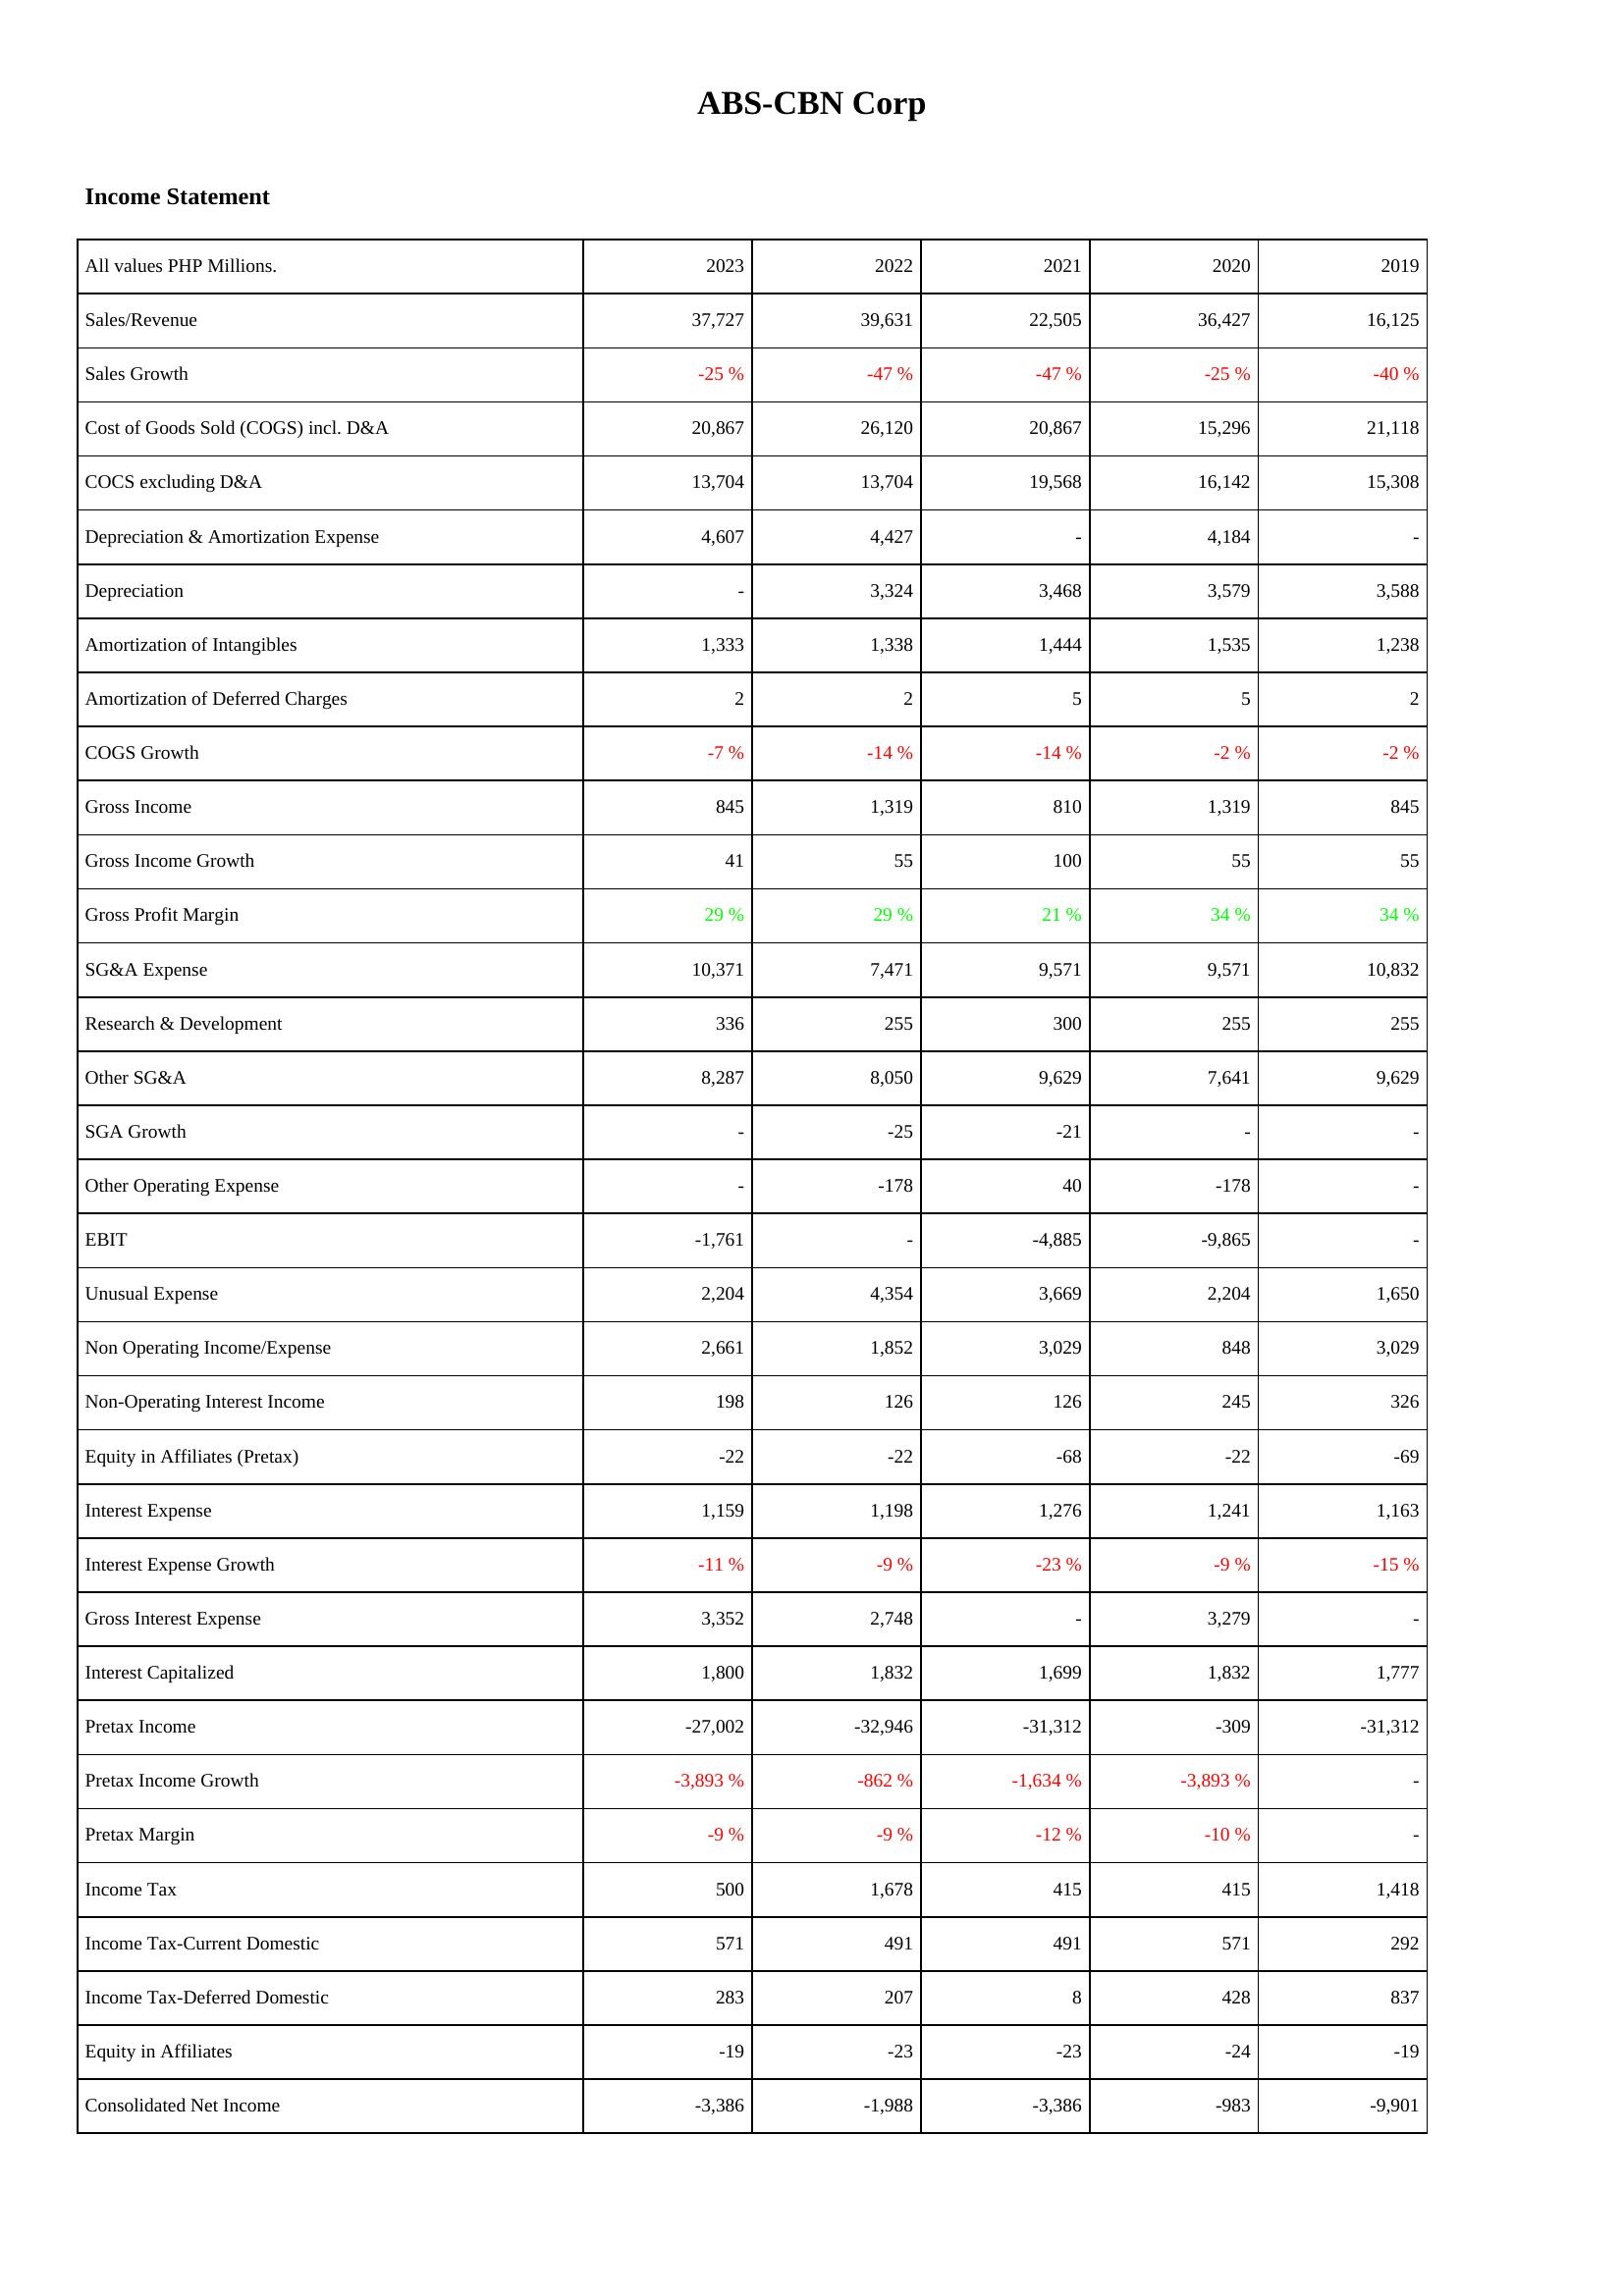
2023: Income Statement: Sales/Revenue: 37,727
Sales Growth: -25 %
Cost of Goods Sold (COGS) incl. D&A: 20,867
COCS excluding D&A: 13,704
Depreciation & Amortization Expense: 4,607
Depreciation: -
Amortization of Intangibles: 1,333
Amortization of Deferred Charges: 2
COGS Growth: -7 %
Gross Income: 845
Gross Income Growth: 41
Gross Profit Margin: 29 %
SG&A Expense: 10,371
Research & Development: 336
Other SG&A: 8,287
SGA Growth: -
Other Operating Expense: -
EBIT: -1,761
Unusual Expense: 2,204
Non Operating Income/Expense: 2,661
Non-Operating Interest Income: 198
Equity in Affiliates (Pretax): -22
Interest Expense: 1,159
Interest Expense Growth: -11 %
Gross Interest Expense: 3,352
Interest Capitalized: 1,800
Pretax Income: -27,002
Pretax Income Growth: -3,893 %
Pretax Margin: -9 %
Income Tax: 500
Income Tax-Current Domestic: 571
Income Tax-Deferred Domestic: 283
Equity in Affiliates: -19
Consolidated Net Income: -3,386
2022: Income Statement: Sales/Revenue: 39,631
Sales Growth: -47 %
Cost of Goods Sold (COGS) incl. D&A: 26,120
COCS excluding D&A: 13,704
Depreciation & Amortization Expense: 4,427
Depreciation: 3,324
Amortization of Intangibles: 1,338
Amortization of Deferred Charges: 2
COGS Growth: -14 %
Gross Income: 1,319
Gross Income Growth: 55
Gross Profit Margin: 29 %
SG&A Expense: 7,471
Research & Development: 255
Other SG&A: 8,050
SGA Growth: -25
Other Operating Expense: -178
EBIT: -
Unusual Expense: 4,354
Non Operating Income/Expense: 1,852
Non-Operating Interest Income: 126
Equity in Affiliates (Pretax): -22
Interest Expense: 1,198
Interest Expense Growth: -9 %
Gross Interest Expense: 2,748
Interest Capitalized: 1,832
Pretax Income: -32,946
Pretax Income Growth: -862 %
Pretax Margin: -9 %
Income Tax: 1,678
Income Tax-Current Domestic: 491
Income Tax-Deferred Domestic: 207
Equity in Affiliates: -23
Consolidated Net Income: -1,988
2021: Income Statement: Sales/Revenue: 22,505
Sales Growth: -47 %
Cost of Goods Sold (COGS) incl. D&A: 20,867
COCS excluding D&A: 19,568
Depreciation & Amortization Expense: -
Depreciation: 3,468
Amortization of Intangibles: 1,444
Amortization of Deferred Charges: 5
COGS Growth: -14 %
Gross Income: 810
Gross Income Growth: 100
Gross Profit Margin: 21 %
SG&A Expense: 9,571
Research & Development: 300
Other SG&A: 9,629
SGA Growth: -21
Other Operating Expense: 40
EBIT: -4,885
Unusual Expense: 3,669
Non Operating Income/Expense: 3,029
Non-Operating Interest Income: 126
Equity in Affiliates (Pretax): -68
Interest Expense: 1,276
Interest Expense Growth: -23 %
Gross Interest Expense: -
Interest Capitalized: 1,699
Pretax Income: -31,312
Pretax Income Growth: -1,634 %
Pretax Margin: -12 %
Income Tax: 415
Income Tax-Current Domestic: 491
Income Tax-Deferred Domestic: 8
Equity in Affiliates: -23
Consolidated Net Income: -3,386
2020: Income Statement: Sales/Revenue: 36,427
Sales Growth: -25 %
Cost of Goods Sold (COGS) incl. D&A: 15,296
COCS excluding D&A: 16,142
Depreciation & Amortization Expense: 4,184
Depreciation: 3,579
Amortization of Intangibles: 1,535
Amortization of Deferred Charges: 5
COGS Growth: -2 %
Gross Income: 1,319
Gross Income Growth: 55
Gross Profit Margin: 34 %
SG&A Expense: 9,571
Research & Development: 255
Other SG&A: 7,641
SGA Growth: -
Other Operating Expense: -178
EBIT: -9,865
Unusual Expense: 2,204
Non Operating Income/Expense: 848
Non-Operating Interest Income: 245
Equity in Affiliates (Pretax): -22
Interest Expense: 1,241
Interest Expense Growth: -9 %
Gross Interest Expense: 3,279
Interest Capitalized: 1,832
Pretax Income: -309
Pretax Income Growth: -3,893 %
Pretax Margin: -10 %
Income Tax: 415
Income Tax-Current Domestic: 571
Income Tax-Deferred Domestic: 428
Equity in Affiliates: -24
Consolidated Net Income: -983
2019: Income Statement: Sales/Revenue: 16,125
Sales Growth: -40 %
Cost of Goods Sold (COGS) incl. D&A: 21,118
COCS excluding D&A: 15,308
Depreciation & Amortization Expense: -
Depreciation: 3,588
Amortization of Intangibles: 1,238
Amortization of Deferred Charges: 2
COGS Growth: -2 %
Gross Income: 845
Gross Income Growth: 55
Gross Profit Margin: 34 %
SG&A Expense: 10,832
Research & Development: 255
Other SG&A: 9,629
SGA Growth: -
Other Operating Expense: -
EBIT: -
Unusual Expense: 1,650
Non Operating Income/Expense: 3,029
Non-Operating Interest Income: 326
Equity in Affiliates (Pretax): -69
Interest Expense: 1,163
Interest Expense Growth: -15 %
Gross Interest Expense: -
Interest Capitalized: 1,777
Pretax Income: -31,312
Pretax Income Growth: -
Pretax Margin: -
Income Tax: 1,418
Income Tax-Current Domestic: 292
Income Tax-Deferred Domestic: 837
Equity in Affiliates: -19
Consolidated Net Income: -9,901